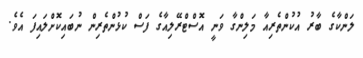
ލަންކާގެ ބާރު އުކުންތެރިއާ މަލިންގާ ވަނީ އޮސްޓްރޭލިއާގެ ފަސް ކުޅުންތެރިން ނުބައިކޮށްލައިފަ އެވެ.